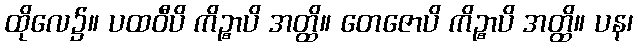
ထိုလေ၌။ ပထဝီပိ ကိဉ္စာပိ အတ္ထိ။ တေဇောပိ ကိဉ္စာပိ အတ္ထိ။ ပန၊